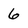
Character: 6